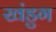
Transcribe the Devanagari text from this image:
खंडुग